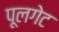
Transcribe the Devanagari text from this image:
पूलगेट